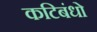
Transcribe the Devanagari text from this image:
कटिबंधो